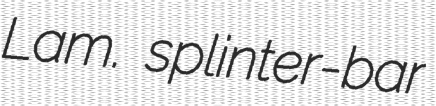
Lam. splinter-bar